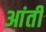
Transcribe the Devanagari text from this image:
आंती